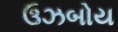
ઉઝબોય